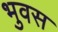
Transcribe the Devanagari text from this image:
भुवस